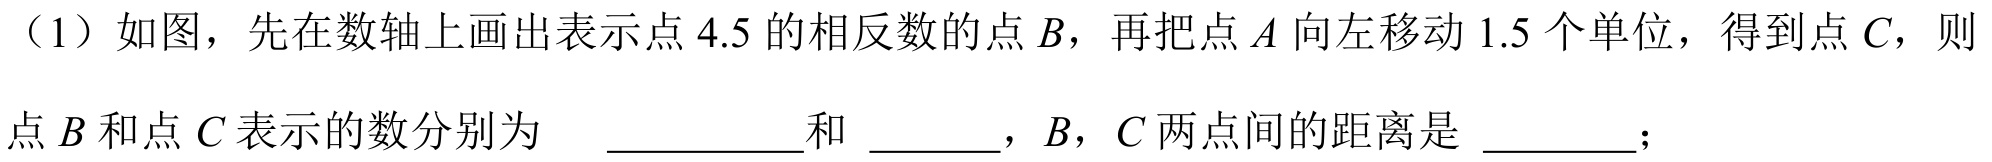
（1）如图，先在数轴上画出表示点 \(4.5\) 的相反数的点 \(B\)，再把点 \(A\) 向左移动 \(1.5\) 个单位，得到点 \(C\)，则点 \(B\) 和点 \(C\) 表示的数分别为  \underline{\quad\quad}和 \underline{\quad}，\(B\)，\(C\) 两点间的距离是 \underline{\quad}；